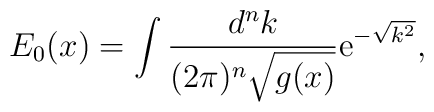
E_0(x) = \int\frac{d^nk}{(2\pi)^n\sqrt{g(x)}} {\rm e}^{-\sqrt{k^2}},